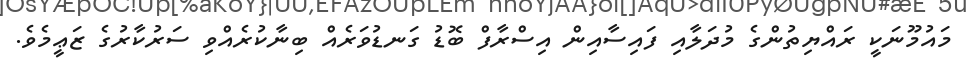
މައުމޫނަކީ ރައްޔިތުންގެ މުދަލާއި ފައިސާއިން އިސްރާފް ބޮޑު ގަނޑުވަރެއް ބިނާކުރެއްވި ސަރުކާރުގެ ޒަޢީމެވެ.